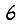
Digit: 6